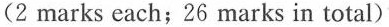
(2 marks each;26 marks in total)